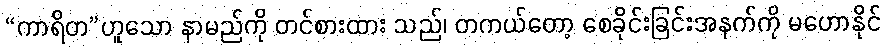
“ကာရိတ”ဟူသော နာမည်ကို တင်စားထား သည်၊ တကယ်တော့ စေခိုင်းခြင်းအနက်ကို မဟောနိုင်